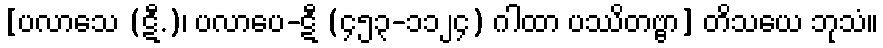
[ပလာသေ (ဋီ.)၊ ပလာပေ-ဋီ (၄၅၃-၁၁၂၄) ဂါထာ ပဿိတဗ္ဗာ] တိသယေ ဘုသံ။